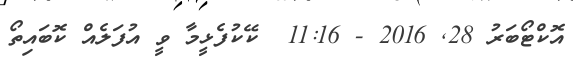
އޮކްޓޯބަރު 28